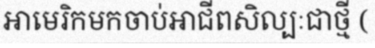
អាមេរិកមកចាប់អាជីពសិល្បៈជាថ្មី (